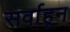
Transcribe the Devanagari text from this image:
सर्वाहून